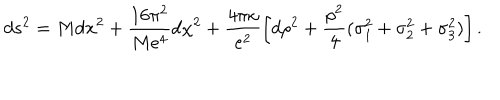
d s ^ { 2 } = M d { \bf x } ^ { 2 } + { \frac { 1 6 \pi ^ { 2 } } { M e ^ { 4 } } } d \chi ^ { 2 } + \frac { 4 \pi \kappa } { e ^ { 2 } } \left[ d \rho ^ { 2 } + { \frac { \rho ^ { 2 } } { 4 } } ( \sigma _ { 1 } ^ { 2 } + \sigma _ { 2 } ^ { 2 } + \sigma _ { 3 } ^ { 2 } ) \right] .